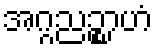
အဂ္ဂညဉ္စာဟံ